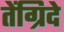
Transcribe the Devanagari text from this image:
तेंग्रिदे